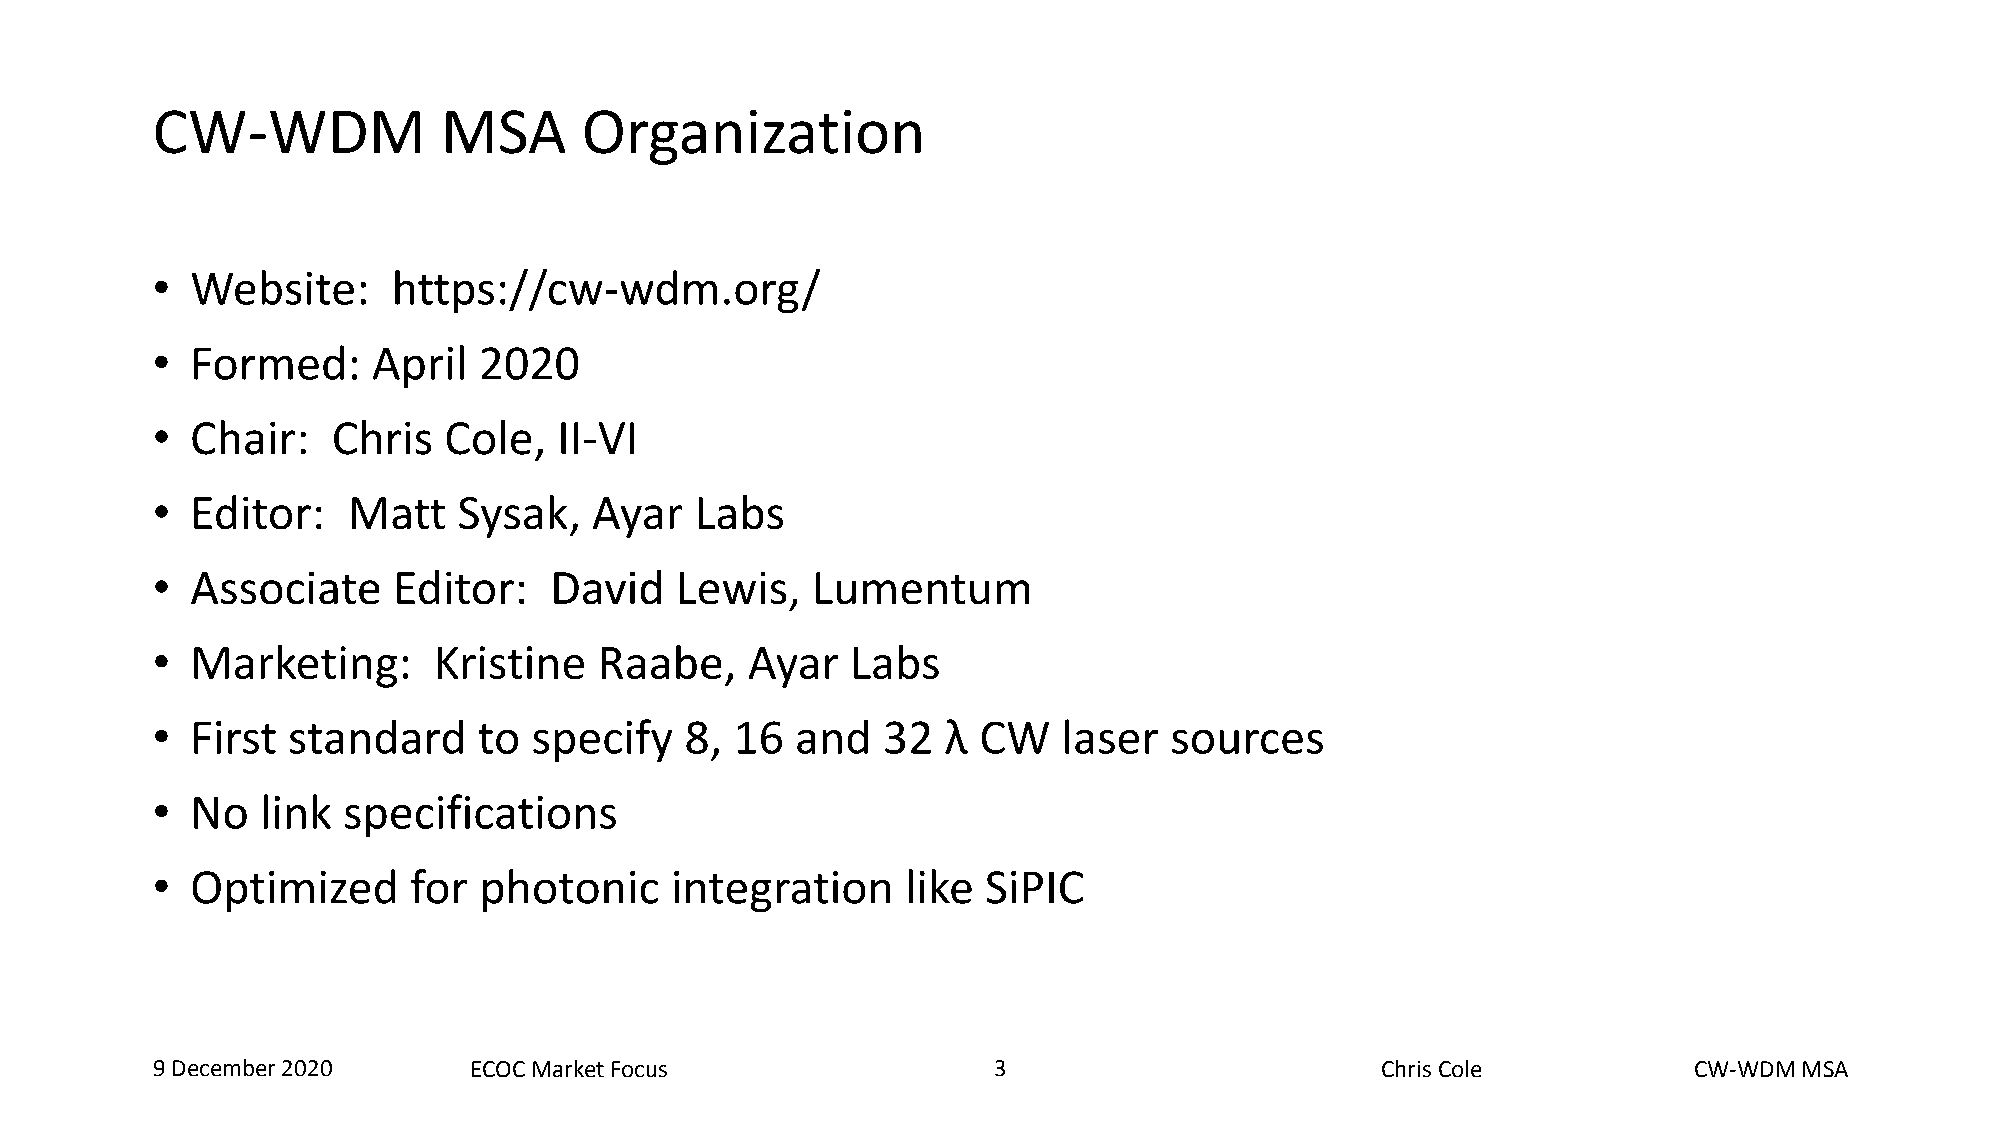
CW-WDM             MSA      Organization
 •  Website:     https://cw-wdm.org/
 •  Formed:     April  2020
 •  Chair:   Chris  Cole,   II-VI
 •  Editor:   Matt   Sysak,   Ayar   Labs
 •  Associate    Editor:   David    Lewis,   Lumentum
 •  Marketing:      Kristine   Raabe,   Ayar   Labs
 •  First standard     to specify   8,  16  and  32   λ CW   laser  sources
 •  No  link  specifications
 •  Optimized     for  photonic    integration     like SiPIC
 9 December 2020      ECOC Market Focus                  3   3                    Chris Cole           CW-WDM MSA